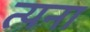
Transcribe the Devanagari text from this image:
त्यना